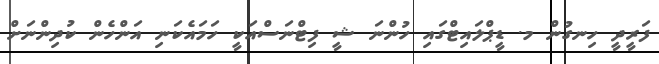
ފަރީދީ ހިނގުން މ. ޑީޕްލައިޓްގައި ހުންނަ ޝީ ފިޓްނަސްއަކީ ހަމައެކަނި އަންހެން ކުދިންނަށް